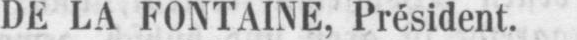
DE LA FONTAINE, Président.